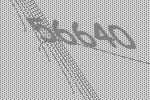
56640